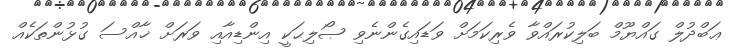
ޢަބްދުލް ގައްޔޫމް ބަލިކުރައްވާ ވެރިކަމަށް ވަޑައިގެންނެވި ޞޯލިޙަކީ އިންޑިއާއި ވަރަށް ޚާއްސަ ގުޅުންތަކެއް